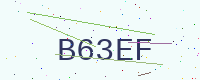
Text: B63EF